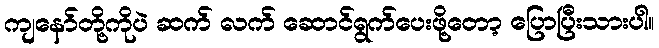
ကျနော်တို့ကိုပဲ ဆက် လက် ဆောင်ရွက်ပေးဖို့တော့ ပြောပြီးသားပါ။